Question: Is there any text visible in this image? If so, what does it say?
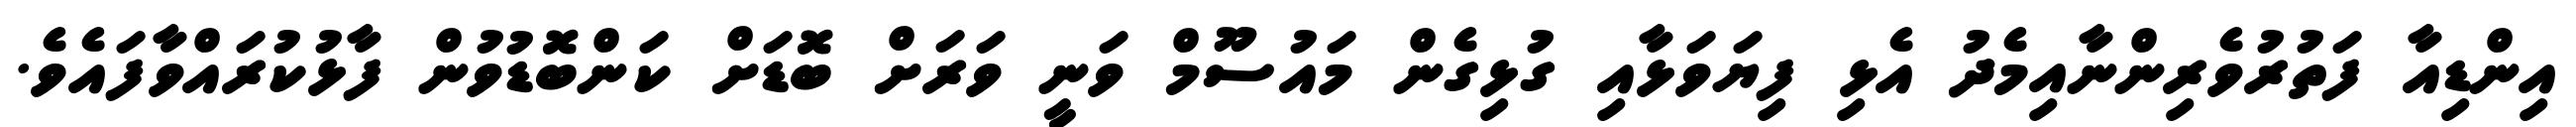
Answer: އިންޑިއާ ފަތުރުވެރިންނާއިމެދު އެޅި ފިޔަވަޅާއި ގުޅިގެން މައުސޫމް ވަނީ ވަރަށް ބޮޑަށް ކަންބޮޑުވުން ފާޅުކުރައްވާފައެވެ.